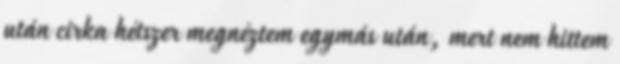
után cirka hétszer megnéztem egymás után, mert nem hittem